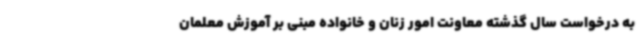
به درخواست سال گذشته معاونت امور زنان و خانواده مبنی بر آموزش معلمان